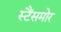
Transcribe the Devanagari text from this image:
स्टैंसमोर